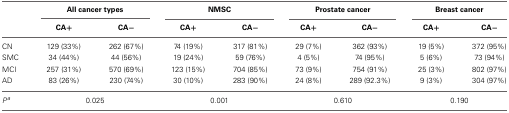
<table><thead><tr><td></td><td colspan="2"><b>All cancer types</b></td><td colspan="2"><b>NMSC</b></td><td colspan="2"><b>Prostate cancer</b></td><td colspan="2"><b>Breast cancer</b></td></tr><tr><td></td><td><b>CA+</b></td><td><b>CA−</b></td><td><b>CA+</b></td><td><b>CA−</b></td><td><b>CA+</b></td><td><b>CA−</b></td><td><b>CA+</b></td><td><b>CA−</b></td></tr></thead><tbody><tr><td>CN</td><td>129 (33%)</td><td>262 (67%)</td><td>74 (19%)</td><td>317 (81%)</td><td>29 (7%)</td><td>362 (93%)</td><td>19 (5%)</td><td>372 (95%)</td></tr><tr><td>SMC</td><td>34 (44%)</td><td>44 (56%)</td><td>19 (24%)</td><td>59 (76%)</td><td>4 (5%)</td><td>74 (95%)</td><td>5 (6%)</td><td>73 (94%)</td></tr><tr><td>MCI</td><td>257 (31%)</td><td>570 (69%)</td><td>123 (15%)</td><td>704 (85%)</td><td>73 (9%)</td><td>754 (91%)</td><td>25 (3%)</td><td>802 (97%)</td></tr><tr><td>AD</td><td>83 (26%)</td><td>230 (74%)</td><td>30 (10%)</td><td>283 (90%)</td><td>24 (8%)</td><td>289 (92.3%)</td><td>9 (3%)</td><td>304 (97%)</td></tr><tr><td><i>P</i><sup>a</sup></td><td colspan="2">0.025</td><td colspan="2">0.001</td><td colspan="2">0.610</td><td colspan="2">0.190</td></tr></tbody></table>